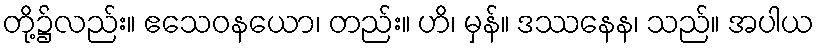
တို့၌လည်း။ ဧသေဝနယော၊ တည်း။ ဟိ၊ မှန်။ ဒဿနေန၊ သည်။ အပါယ